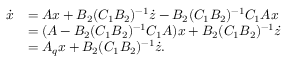
\begin{array} { r l } { \dot { x } } & { = A x + B _ { 2 } ( C _ { 1 } B _ { 2 } ) ^ { - 1 } \dot { z } - B _ { 2 } ( C _ { 1 } B _ { 2 } ) ^ { - 1 } C _ { 1 } A x } \\ & { = ( A - B _ { 2 } ( C _ { 1 } B _ { 2 } ) ^ { - 1 } C _ { 1 } A ) x + B _ { 2 } ( C _ { 1 } B _ { 2 } ) ^ { - 1 } \dot { z } } \\ & { = A _ { q } x + B _ { 2 } ( C _ { 1 } B _ { 2 } ) ^ { - 1 } \dot { z } . } \end{array}